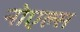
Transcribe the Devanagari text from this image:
नोएल्स